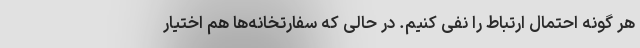
هر گونه احتمال ارتباط را نفی کنیم. در حالی که سفارتخانه‌ها هم اختیار